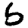
Digit: 6